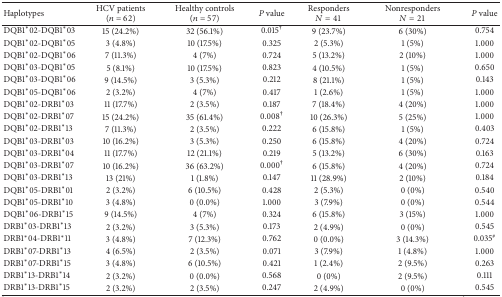
<table><thead><tr><td><b>Haplotypes</b></td><td><b>HCV patients (<i>n</i> = 62)</b></td><td><b>Healthy controls (<i>n</i> = 57)</b></td><td><b><i>P</i> value</b></td><td><b>Responders <i>N</i> = 41</b></td><td><b>Nonresponders <i>N</i> = 21</b></td><td><b><i>P</i> value</b></td></tr></thead><tbody><tr><td>DQB1*02-DQB1*03</td><td>15 (24.2%) </td><td>32 (56.1%)</td><td>0.015<sup>†</sup></td><td>9 (23.7%)</td><td>6 (30%)</td><td>0.754</td></tr><tr><td>DQB1*02-DQB1*05</td><td>3 (4.8%)</td><td>10 (17.5%)</td><td>0.325</td><td>2 (5.3%)</td><td>1 (5%)</td><td>1.000</td></tr><tr><td>DQB1*02-DQB1*06</td><td>7 (11.3%)</td><td>4 (7%)</td><td>0.724</td><td>5 (13.2%)</td><td>2 (10%)</td><td>1.000</td></tr><tr><td> DQB1*03-DQB1*05</td><td>5 (8.1%)</td><td>10 (17.5%)</td><td>0.823</td><td>4 (10.5%)</td><td>1 (5%)</td><td>0.650</td></tr><tr><td>DQB1*03-DQB1*06</td><td>9 (14.5%)</td><td>3 (5.3%)</td><td>0.212</td><td>8 (21.1%)</td><td>1 (5%)</td><td>0.143</td></tr><tr><td> DQB1*05-DQB1*06</td><td>2 (3.2%)</td><td>4 (7%)</td><td>0.417</td><td>1 (2.6%)</td><td>1 (5%)</td><td>1.000</td></tr><tr><td>DQB1*02-DRB1*03</td><td>11 (17.7%)</td><td>2 (3.5%)</td><td>0.187</td><td>7 (18.4%)</td><td>4 (20%)</td><td>1.000</td></tr><tr><td>DQB1*02-DRB1*07</td><td>15 (24.2%)</td><td>35 (61.4%)</td><td>0.008<sup>†</sup></td><td>10 (26.3%)</td><td>5 (25%)</td><td>1.000</td></tr><tr><td>DQB1*02-DRB1*13</td><td>7 (11.3%)</td><td>2 (3.5%)</td><td>0.222</td><td>6 (15.8%)</td><td>1 (5%)</td><td>0.403</td></tr><tr><td>DQB1*03-DRB1*03</td><td>10 (16.2%)</td><td>3 (5.3%)</td><td>0.250</td><td>6 (15.8%)</td><td>4 (20%)</td><td>0.724</td></tr><tr><td>DQB1*03-DRB1*04</td><td>11 (17.7%)</td><td>12 (21.1%)</td><td>0.219</td><td>5 (13.2%)</td><td>6 (30%)</td><td>0.163</td></tr><tr><td>DQB1*03-DRB1*07</td><td>10 (16.2%)</td><td>36 (63.2%)</td><td>0.000<sup>†</sup></td><td>6 (15.8%)</td><td>4 (20%)</td><td>0.724</td></tr><tr><td>DQB1*03-DRB1*13</td><td>13 (21%)</td><td>1 (1.8%)</td><td>0.147</td><td>11 (28.9%)</td><td>2 (10%)</td><td>0.184</td></tr><tr><td>DQB1*05-DRB1*01</td><td>2 (3.2%)</td><td>6 (10.5%)</td><td>0.428</td><td>2 (5.3%)</td><td>0 (0%)</td><td>0.540</td></tr><tr><td>DQB1*05-DRB1*10</td><td>3 (4.8%)</td><td>0 (0.0%)</td><td>1.000</td><td>3 (7.9%)</td><td>0 (0%)</td><td>0.544</td></tr><tr><td> DQB1*06-DRB1*15</td><td>9 (14.5%)</td><td>4 (7%)</td><td>0.324</td><td>6 (15.8%)</td><td>3 (15%)</td><td>1.000</td></tr><tr><td>DRB1*03-DRB1*13</td><td>2 (3.2%)</td><td>3 (5.3%)</td><td>0.173</td><td>2 (4.9%)</td><td>0 (0%)</td><td>0.545</td></tr><tr><td> DRB1*04-DRB1*11</td><td>3 (4.8%)</td><td>7 (12.3%)</td><td>0.762</td><td>0 (0.0%)</td><td>3 (14.3%)</td><td>0.035<sup>#</sup></td></tr><tr><td>DRB1*07-DRB1*13</td><td>4 (6.5%)</td><td>2 (3.5%)</td><td>0.071</td><td>3 (7.9%)</td><td>1 (4.8%)</td><td>1.000</td></tr><tr><td>DRB1*07-DRB1*15</td><td>3 (4.8%)</td><td>6 (10.5%)</td><td>0.421</td><td>1 (2.4%)</td><td>2 (9.5%)</td><td>0.263</td></tr><tr><td>DRB1*13-DRB1*14</td><td>2 (3.2%)</td><td>0 (0.0%)</td><td>0.568</td><td>0 (0%)</td><td>2 (9.5%)</td><td>0.111</td></tr><tr><td>DRB1*13-DRB1*15</td><td>2 (3.2%)</td><td>2 (3.5%)</td><td>0.247</td><td>2 (4.9%)</td><td>0 (0%)</td><td>0.545</td></tr></tbody></table>